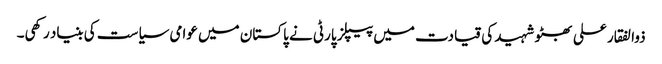
ذوالفقار علی بھٹو شہید کی قیادت میں پیپلز پارٹی نے پاکستان میں عوامی سیاست کی بنیاد رکھی۔